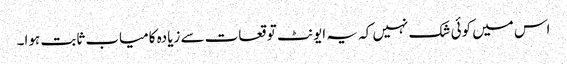
اس میں کوئی شک نہیں کہ یہ ایونٹ توقعات سے زیادہ کامیاب ثابت ہوا۔